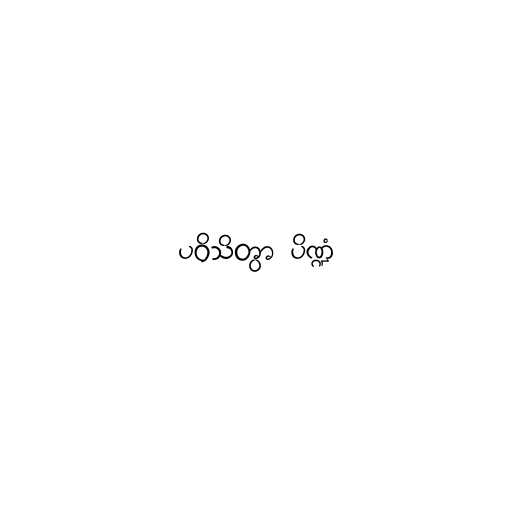
ပဝိသိတွာ ပိဏ္ဍံ